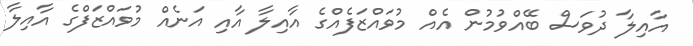
އާއިލާ ދުވަސް ބޭއްވުމުން އެއް މުވައްޒަފެއްގެ އާއިލާ އާއި އަނެއް މުވައްޒަފްގެ އާއިލާ